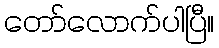
တော်လောက်ပါပြီ။